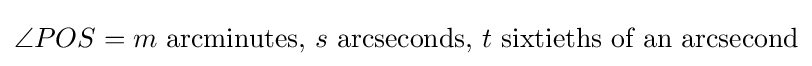
\angle POS=m{\text{ arcminutes, }}s{\text{ arcseconds, }}t{\text{ sixtieths of an arcsecond}}